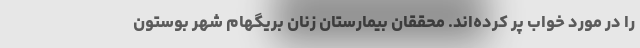
را در مورد خواب پر کرده‌اند. محققان بیمارستان زنان بریگهام شهر بوستون